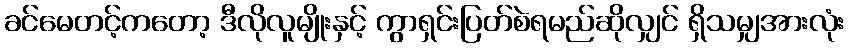
ခင်မေတင့်ကတော့ ဒီလိုလူမျိုးနှင့် ကွာရှင်းပြတ်စဲရမည်ဆိုလျှင် ရှိသမျှအားလုံး